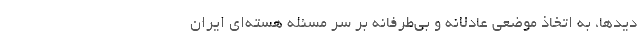
دیدها، به اتخاذ موضعی عادلانه و بی‌طرفانه بر سر مسئله هسته‌ای ایران